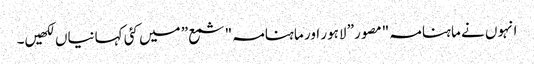
انہوں نے ماہنامہ "مصور” لاہور اور ماہنامہ "شمع” میں کئی کہانیاں لکھیں۔